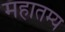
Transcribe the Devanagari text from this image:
महातम्य